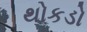
થોકડો